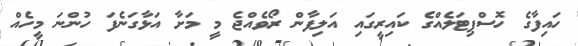
ހައިފާގެ ހޮސްޕިޓަލެއްގެ ކައިރީގައި އަލިފާން ރޯވެއްޖެ މީ މަށާ އަޅާގަނެފަ ހުންނަ މީހެއް